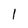
Character: 1